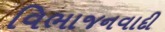
વિભાજનવાદી